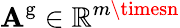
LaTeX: \mathbf{A}^{\mathrm{{g}}}\in\mathbb{{R}}^{m\timesn}